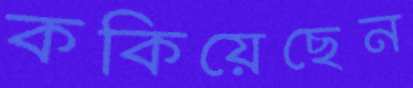
ককিয়েছেন